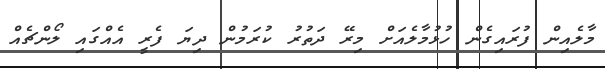
މާލެއިން ފުރައިގެން ހުޅުމާލެއަށް މިރޭ ދަތުރު ކުރަމުން ދިޔަ ފެރީ އެއްގައި ލޯންޗެއް